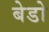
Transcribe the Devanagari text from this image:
बेडो